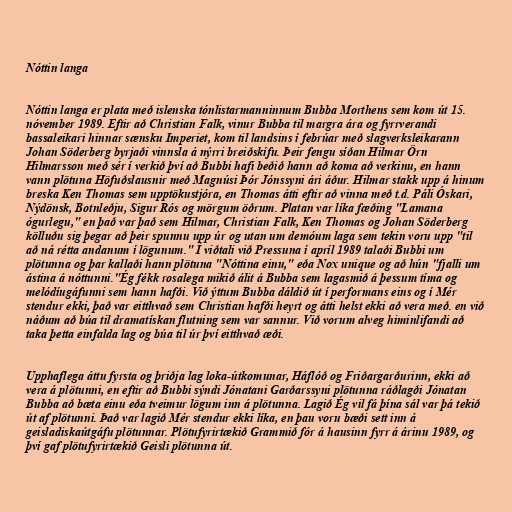
Nóttin langa

Nóttin langa er plata með islenska tónlistarmanninnum Bubba Morthens sem kom út 15.
nóvember 1989. Eftir að Christian Falk, vinur Bubba til margra ára og fyrrverandi
bassaleikari hinnar sænsku Imperiet, kom til landsins í febrúar með slagverksleikarann
Johan Söderberg byrjaði vinnsla á nýrri breiðskífu. Þeir fengu síðan Hilmar Örn
Hilmarsson með sér í verkið því að Bubbi hafi beðið hann að koma að verkinu, en hann
vann plötuna Höfuðslausnir með Magnúsi Þór Jónssyni ári áður. Hilmar stakk upp á hinum
breska Ken Thomas sem upptökustjóra, en Thomas átti eftir að vinna með t.d. Páli Óskari,
Nýdönsk, Botnleðju, Sigur Rós og mörgum öðrum. Platan var líka fæðing "Lamana
ógurlegu," en það var það sem Hilmar, Christian Falk, Ken Thomas og Johan Söderberg
kölluðu sig þegar að þeir spunnu upp úr og utan um demóum laga sem tekin voru upp "til
að ná rétta andanum í lögunum." Í viðtali við Pressuna í apríl 1989 talaði Bubbi um
plötunna og þar kallaði hann plötuna "Nóttina einu," eða Nox unique og að hún "fjalli um
ástina á nóttunni."Ég fékk rosalega mikið álit á Bubba sem lagasmið á þessum tíma og
melódíugáfunni sem hann hafði. Við ýttum Bubba dáldið út í performans eins og í Mér
stendur ekki, það var eitthvað sem Christian hafði heyrt og átti helst ekki að vera með. en við
náðum að búa til dramatískan flutning sem var sannur. Við vorum alveg himinlifandi að
taka þetta einfalda lag og búa til úr því eitthvað æði.

Upphaflega áttu fyrsta og þriðja lag loka-útkomunar, Háflóð og Friðargarðurinn, ekki að
vera á plötunni, en eftir að Bubbi sýndi Jónatani Garðarssyni plötunna ráðlagði Jónatan
Bubba að bæta einu eða tveimur lögum inn á plötunna. Lagið Ég vil fá þína sál var þá tekið
út af plötunni. Það var lagið Mér stendur ekki líka, en þau voru bæði sett inn á
geisladiskaútgáfu plötunnar. Plötufyrirtækið Grammið fór á hausinn fyrr á árinu 1989, og
því gaf plötufyrirtækið Geisli plötunna út.